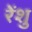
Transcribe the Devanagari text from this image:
रेंशु